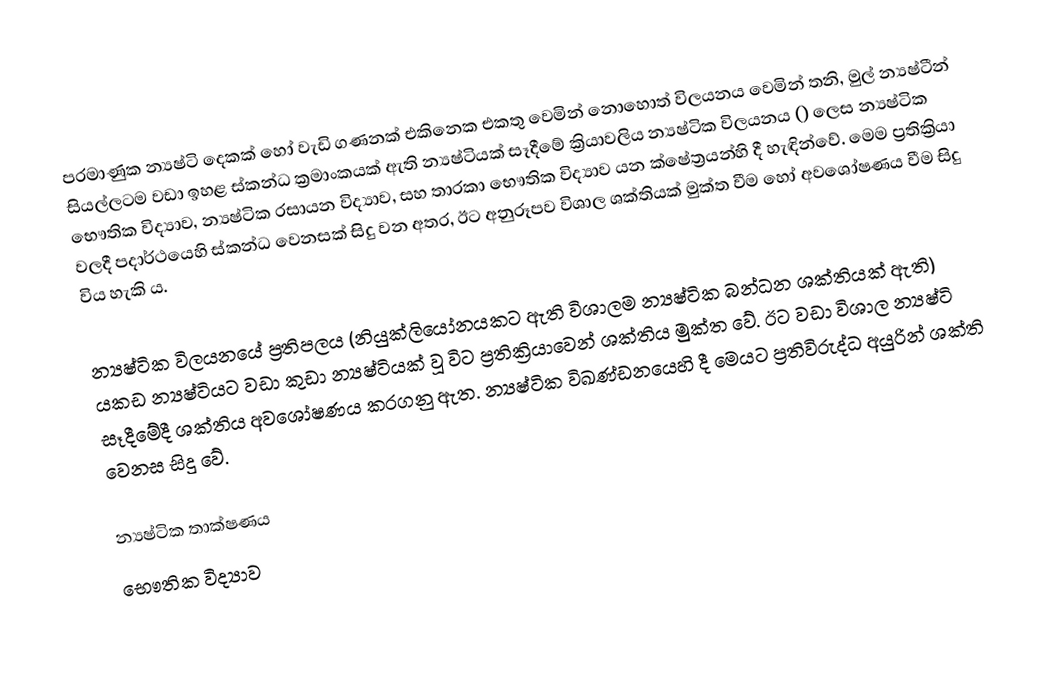
පරමාණුක න්‍යෂ්ටි දෙකක් හෝ වැඩි ගණනක් එකිනෙක එකතු වෙමින් නොහොත් විලයනය වෙමින් තනි, මුල් න්‍යෂ්ටීන් සියල්ලටම වඩා ඉහළ ස්කන්ධ ක්‍රමාංකයක් ඇති න්‍යෂ්ටියක් සෑදීමේ ක්‍රියාවලිය න්‍යෂ්ටික විලයනය () ලෙස න්‍යෂ්ටික භෞතික විද්‍යාව, න්‍යෂ්ටික රසායන විද්‍යාව, සහ තාරකා භෞතික විද්‍යාව යන ක්ෂේත්‍රයන්හි දී හැඳින්වේ. මෙම ප්‍රතික්‍රියා වලදී පදාර්ථයෙහි ස්කන්ධ වෙනසක් සිදු වන අතර, ඊට අනුරූපව විශාල ශක්තියක් මුක්ත වීම හෝ අවශෝෂණය වීම සිදු විය හැකි ය.

න්‍යෂ්ටික විලයනයේ ප්‍රතිපලය (නියුක්ලියෝනයකට ඇති විශාලම න්‍යෂ්ටික බන්ධන ශක්තියක් ඇති) යකඩ න්‍යෂ්ටියට වඩා කුඩා න්‍යෂ්ටියක් වූ විට ප්‍රතික්‍රියාවෙන් ශක්තිය මුක්ත වේ. ඊට වඩා විශාල න්‍යෂ්ටි සෑදීමේදී ශක්තිය අවශෝෂණය කරගනු ඇත. න්‍යෂ්ටික විඛණ්ඩනයෙහි දී මෙයට ප්‍රතිවිරුද්ධ අයුරින් ශක්ති වෙනස සිදු වේ.

න්‍යෂ්ටික තාක්ෂණය
භෞතික විද්‍යාව